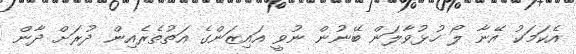
އެކަމަކު އޭނާ ލޯ ހުޅުވާލަން ބޭނުން ނުވީ އައިޒަންގެ އަތުތެރެއިން ދުރަށް ދާން